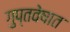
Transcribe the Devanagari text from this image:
गुप्तवेषात